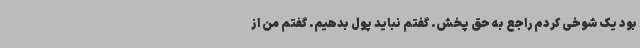
بود یک شوخی کردم راجع به حق پخش. گفتم نباید پول بدهیم. گفتم من از